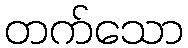
တက်သော